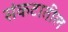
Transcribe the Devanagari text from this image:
संकटातील